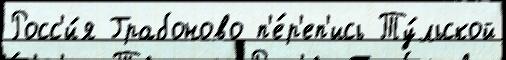
Росс'и́я Грабоново п'е́р'еп'ись Ту́льской